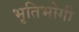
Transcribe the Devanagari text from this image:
भृतिभोगी